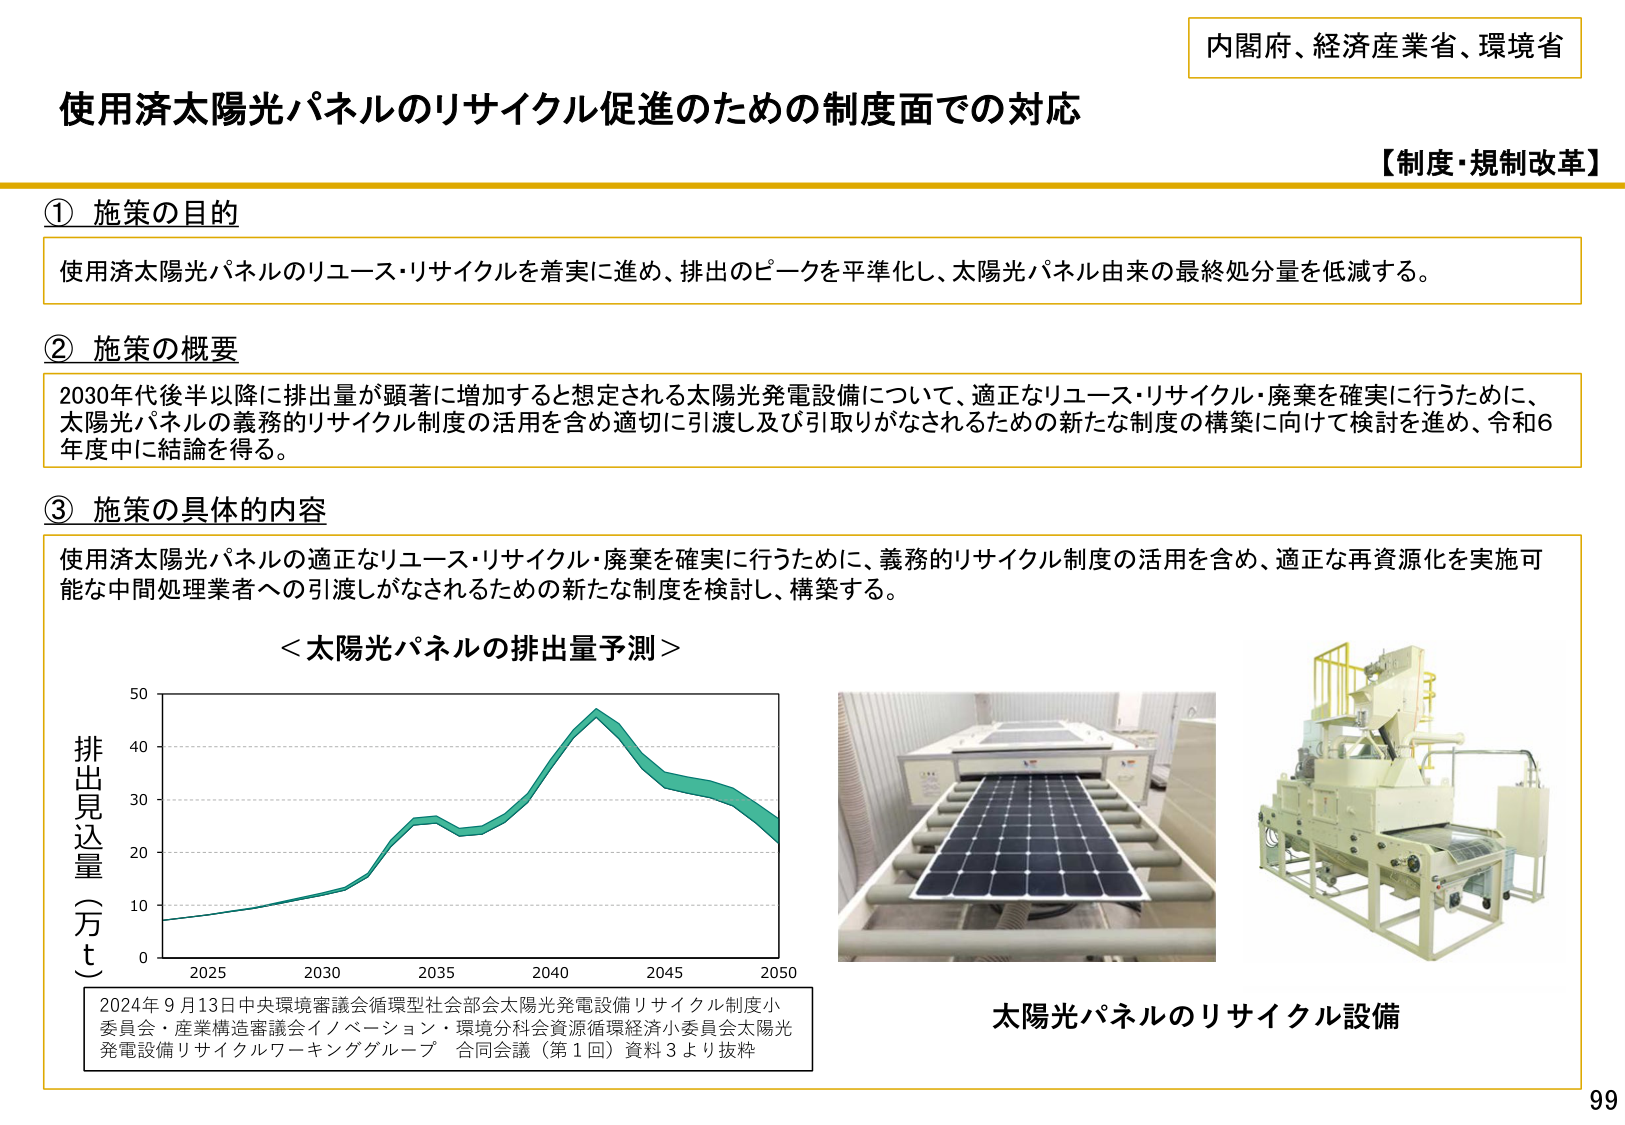
内閣府、経済産業省、環境省
使用済太陽光パネルのリサイクル促進のための制度面での対応
【制度・規制改革】

① 施策の目的
使用済太陽光パネルのリユース・リサイクルを着実に進め、排出のピークを平準化し、太陽光パネル由来の最終処分量を低減する。

② 施策の概要
2030年代後半以降に排出量が顕著に増加すると想定される太陽光発電設備について、適正なリユース・リサイクル・廃棄を確実に行うために、太陽光パネルの義務的リサイクル制度の活用を含め適切に引渡し及び引取りがなされるための新たな制度の構築に向けて検討を進め、令和6年度中に結論を得る。

③ 施策の具体的な内容
使用済太陽光パネルの適正なリユース・リサイクル・廃棄を確実に行うために、義務的リサイクル制度の活用を含め、適正な再資源化を実施可能な中間処理業者への引渡しがなされるための新たな制度を検討し、構築する。

＜太陽光パネルの排出量予測＞
排出見込量（万ｔ）
2025  2030  2035  2040  2045  2050
0  10  20  30  40  50

2024年9月13日中央環境審議会循環型社会部会太陽光発電設備リサイクル制度小委員会・産業構造審議会イノベーション・環境分科会資源循環経済小委員会太陽光発電設備リサイクルワーキンググループ 合同会議（第1回）資料3より抜粋

太陽光パネルのリサイクル設備

99